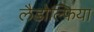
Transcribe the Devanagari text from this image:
लैडोल्फिया